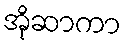
အိုဆာကာ